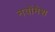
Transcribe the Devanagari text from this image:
नवोंमेश